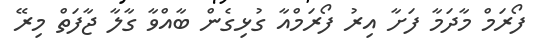
ފޯރަމް މާދަމާ ފަށާ އިރު ފޯރަމްއާ ގުޅިގެން ބާއްވާ ގާލާ ޖާފަތް މިރޭ